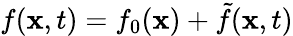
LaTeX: f({\mathbf x},t)=f_{0}({\mathbf x})+\tilde{f}({\mathbf x},t)